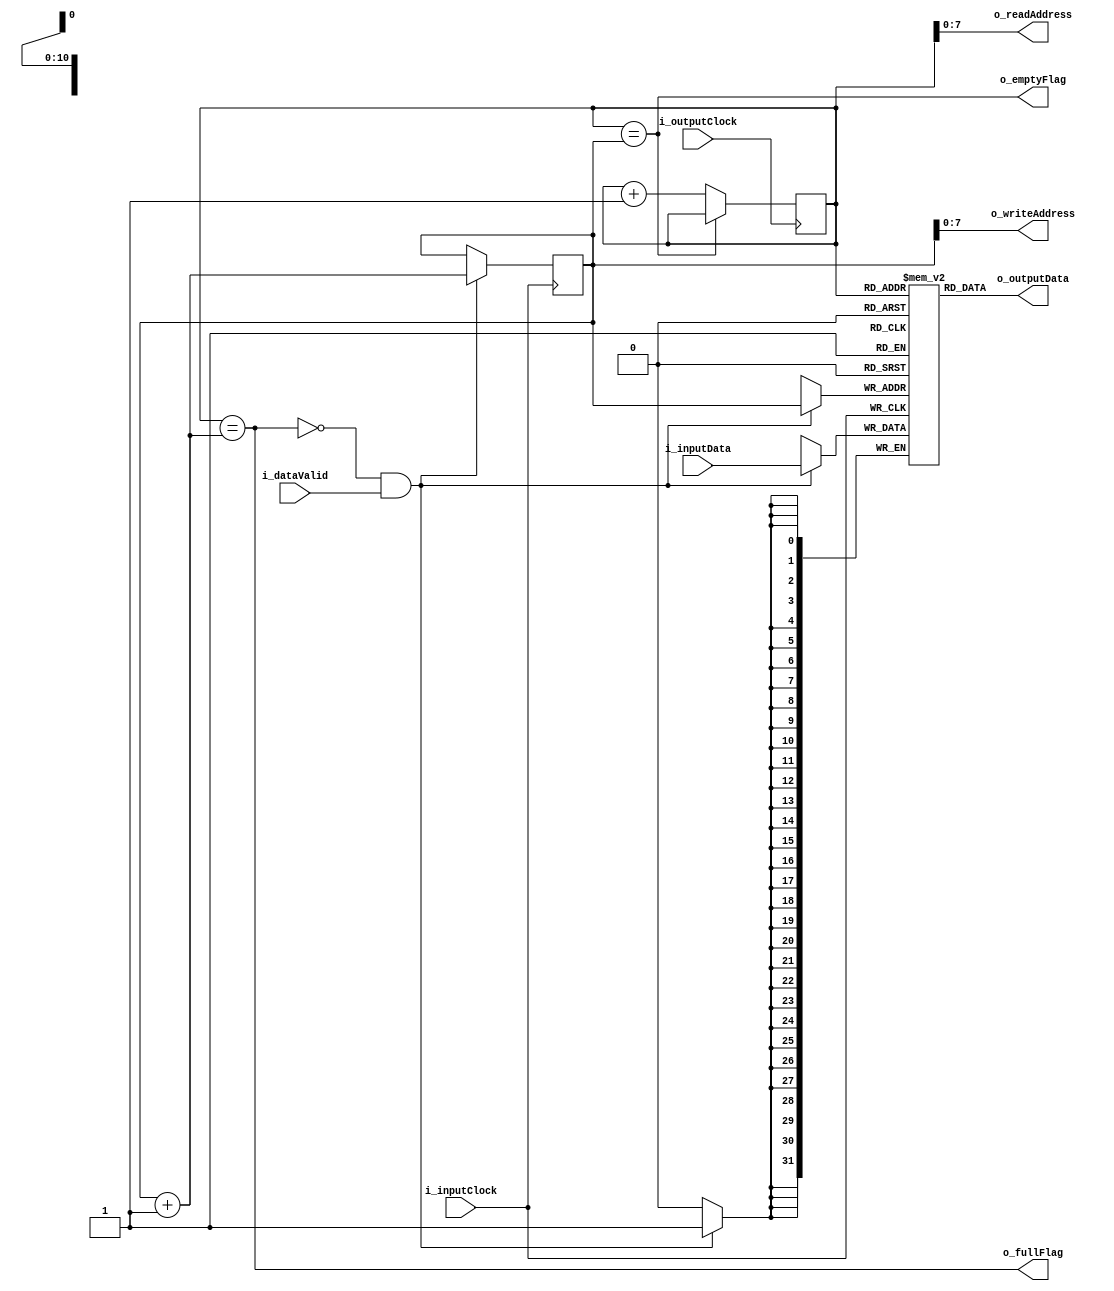
/******************************************************************************************
32 bit FIFO that is 256 words deep
This FIFO provides full/empty flags, data is clocked in/out on rising edge

//NOTE
If you try to write data when the FIFO is Full it is ignored
If you try to read data when the FIFO is Empty, the last value read will stay on the output 

Dan McGraw, dpm39, University of Cambridge
*******************************************************************************************/

module fifo_32
(
	//Input side
	input 			i_inputClock,
	input[31:0]		i_inputData,
	input			i_dataValid,
	output			o_fullFlag,
	
	//Output side
	input			i_outputClock,
	output[31:0]	o_outputData,
	output			o_emptyFlag,
	output[7:0]		o_writeAddress,
	output[7:0]		o_readAddress
);	

//Address pointers
reg[10:0] r_readAddress = 0;
reg[10:0] r_writeAddress = 0;

reg[31:0] FIFO [2047:0];

assign o_emptyFlag = (r_readAddress == r_writeAddress); //We have no data if the current location to be written is the current to be read
assign o_fullFlag = (r_readAddress == r_writeAddress + 8'b1); //Full if we have looped around the entire buffer and are about to overwrite unread data
assign o_writeAddress = r_writeAddress;
assign o_readAddress = r_readAddress;
assign o_outputData = FIFO[r_readAddress];

always @(posedge i_inputClock)
begin
	if(!o_fullFlag && i_dataValid)
	begin
		FIFO[r_writeAddress] <= i_inputData;
		r_writeAddress <= r_writeAddress + 1;
	end
end

always @(posedge i_outputClock) //Want to grab data on negedge so setup for LCD write on posedge
begin
	if(!o_emptyFlag)
	begin
		r_readAddress <= r_readAddress + 1;
	end
end

endmodule //fifo_32